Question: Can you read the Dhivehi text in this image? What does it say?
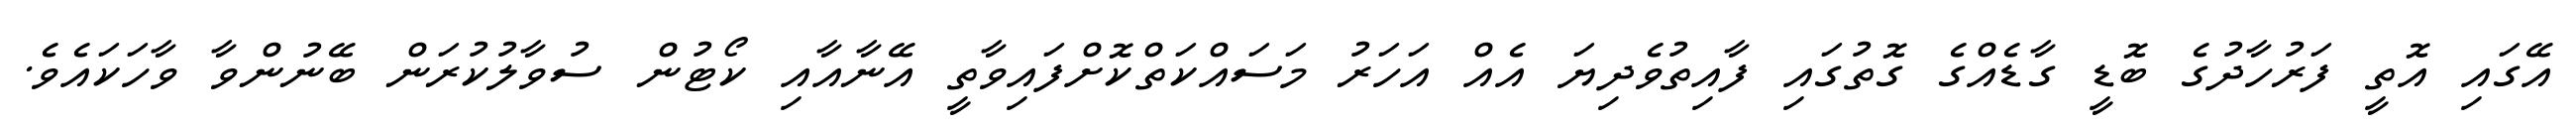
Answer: އޭގައި އޮތީ ފަރުހާދުގެ ބޮޑީ ގާޑެއްގެ ގޮތުގައި ފާއިތުވެދިޔަ އެއް އަހަރު މަސައްކަތްކޮށްފައިވާތީ އޭނާއާއި ކޯޓުން ސުވާލުކުރަން ބޭނުންވާ ވާހަކައެވެ.